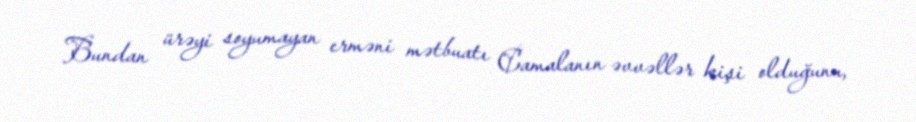
Bundan ürəyi soyumayan erməni mətbuatı Camalanın əvvəllər kişi olduğunu,